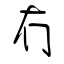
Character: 冇